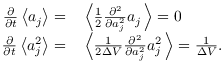
\begin{array} { r l } { \frac { \partial } { \partial t } \left\langle a _ { j } \right\rangle = } & { { } \left\langle \frac { 1 } { 2 } \frac { \partial ^ { 2 } } { \partial a _ { j } ^ { 2 } } a _ { j } \, \right\rangle = 0 } \\ { \frac { \partial } { \partial t } \left\langle a _ { j } ^ { 2 } \right\rangle = } & { { } \left\langle \frac { 1 } { 2 \Delta V } \frac { \partial ^ { 2 } } { \partial a _ { j } ^ { 2 } } a _ { j } ^ { 2 } \, \right\rangle = \frac { 1 } { \Delta V } . } \end{array}